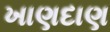
ખાણદાણ